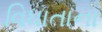
વિધાતાના